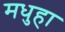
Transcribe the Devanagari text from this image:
मधुहा